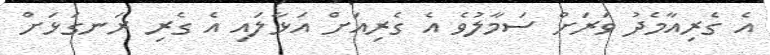
އެ ގެރިއާމެދު ވަރަށް ސަމާލުވެ އެ ގެރިއަށް އަޅާލައި އެ ގެރި ރަނގަޅަށް